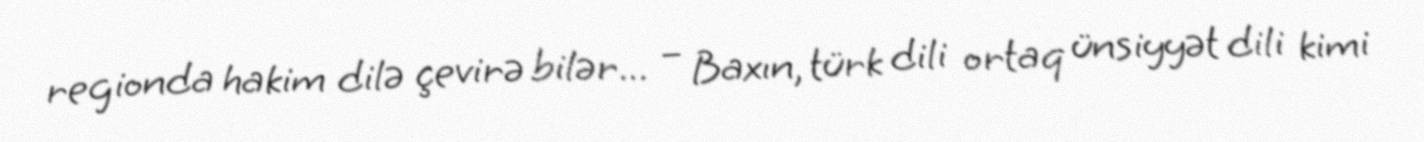
regionda hakim dilə çevirə bilər... – Baxın, türk dili ortaq ünsiyyət dili kimi